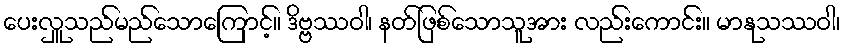
ပေးလှူသည်မည်သောကြောင့်။ ဒိဗ္ဗဿဝါ၊ နတ်ဖြစ်သောသူအား လည်းကောင်း။ မာနုသဿဝါ၊